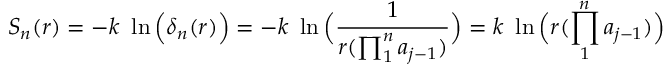
S _ { n } ( r ) = - k \ \ln \Big ( \delta _ { n } ( r ) \Big ) = - k \ \ln \Big ( { \frac { 1 } { r ( \prod _ { 1 } ^ { n } a _ { j - 1 } ) } } \Big ) = k \ \ln \Big ( { r ( \prod _ { 1 } ^ { n } a _ { j - 1 } ) } \Big )